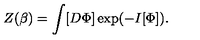
Z ( \beta ) = \int [ D \Phi ] \exp ( - I [ \Phi ] ) .